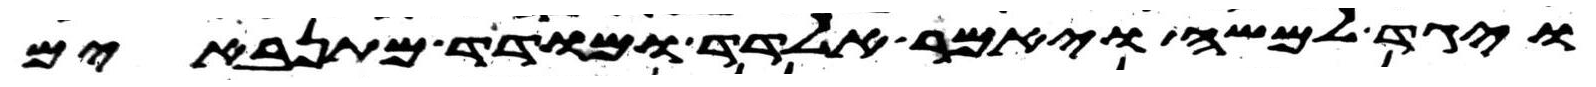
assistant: ויגד למשה ויאמר אלדד ומודד מתנאבים